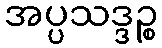
အပ္ပသဒ္ဒဉ္စ